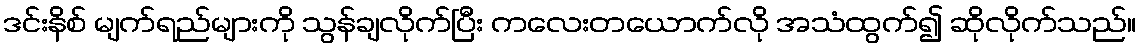
ဒင်းနိစ် မျက်ရည်များကို သွန်ချလိုက်ပြီး ကလေးတယောက်လို အသံထွက်၍ ဆိုလိုက်သည်။